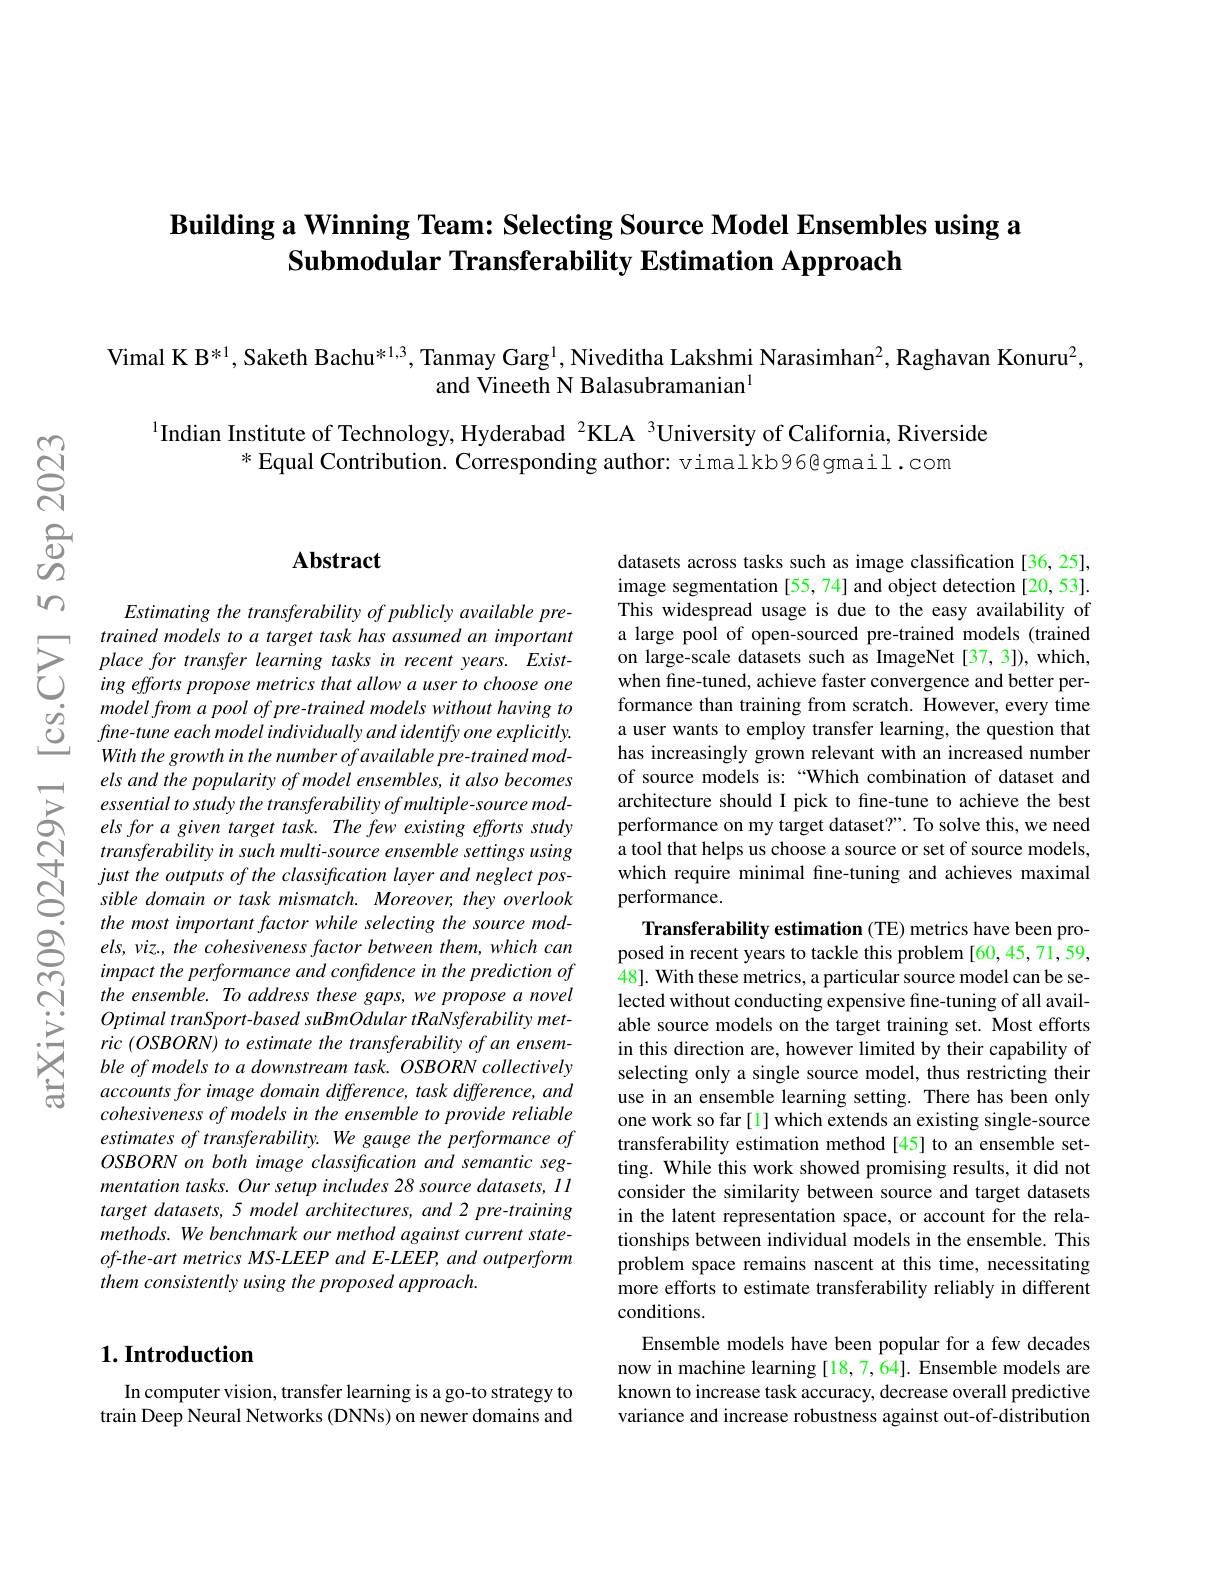
# Building a Winning Team: Selecting Source Model Ensembles using a Submodular Transferability Estimation Approach

Vimal K B$^{*1}$, Saketh Bachu$^{*1,3}$, Tanmay Garg$^{1}$, Niveditha Lakshmi Narasimhan$^2$, Raghavan Konuru$^2$,
and Vineeth N Balasubramanian$^{\mathrm{l}}$

$^{1}$Indian Institute of Technology, Hyderabad $^{2}$KLA $^{3}$University of California, Riverside
$^*$Equal Contribution. Corresponding author: vimalkb96@gmail.com

### $\mathbf{Abstract}$

Estimating the transferability of publicly available premodel from a pool of pre- trained models without having to $fine-tune$ each model individually and identify one explicitly. With the growth in the number of available pre- trained models and the popularity of model ensembles, it also becomes essential to study the transferability of multiple-source models for a given target task. The few existing efforts study transferability in such multi-source ensemble settings using just the outputs of the classification layer and neglect possible domain or task mismatch. Moreover, they overlook the most important factor while selecting the source models, viz., the cohesiveness factor between them, which can impact the performance and confidence in the prediction of the ensemble. To address these gaps, we propose a novel Optimal tranSport-based suBmOdular tRaNsferability metric (OSBORN) to estimate the transferability of an ensemble of models to a downstream task. OSBORN collectively accounts for image domain difference, task difference, and cohesiveness of models in the ensemble to provide reliable estimates of transferability. We gauge the performance of OSBORN on both image classification and semantic segmentation tasks. Our setup includes 28 source datasets, 11 target datasets, 5 model architectures, and 2 pre-training methods. We benchmark our method against current stateof-the-art metrics MS-LEEP and E-LEEP, and outperform them consistently using the proposed approach.

## $1. \textbf{Introduction}$

In computer vision, transfer learning is a go-to strategy to train Deep Neural Networks (DNNs) on newer domains and

datasets across tasks such as image classification [36,25], image segmentation [55, 74] and object detection [20, 53]. This widespread usage is due to the easy availability of
formance than training from scratch. However, every time a user wants to employ transfer learning, the question that has increasingly grown relevant with an increased number of source models is:“Which combination of dataset and architecture should I pick to fine-tune to achieve the best performance on my target dataset?". To solve this, we need a tool that helps us choose a source or set of source models, which require minimal fine-tuning and achieves maximal performance.

Transferability estimation (TE) metrics have been proposed in recent years to tackle this problem [60,45,71,59, 48]. With these metrics, a particular source model can be selected without conducting expensive fine-tuning of all available source models on the target training set. Most efforts in this direction are, however limited by their capability of selecting only a single source model, thus restricting their use in an ensemble learning setting. There has been only one work so far [l] which extends an existing single-source transferability estimation method[45] to an ensemble setting. While this work showed promising results, it did not consider the similarity between source and target datasets in the latent representation space, or account for the relationships between individual models in the ensemble. This problem space remains nascent at this time, necessitating more efforts to estimate transferability reliably in different conditions.
Ensemble models have been popular for a few decades now in machine learning [18,7,64]. Ensemble models are known to increase task accuracy, decrease overall predictive variance and increase robustness against out-of-distribution